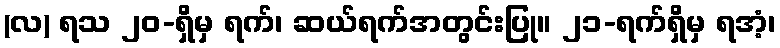
(လ) ရသ ၂၀-ရှိမှ ရက်၊ ဆယ်ရက်အတွင်းပြု။ ၂၁-ရက်ရှိမှ ရအံ့၊